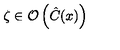
\zeta \in \mathcal { O } \left( \hat { C } ( x ) \right)